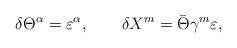
LaTeX: \begin{align*}\delta\Theta^\alpha= \varepsilon^\alpha,\qquad \delta X^m = \bar\Theta\gamma^m\varepsilon,\end{align*}